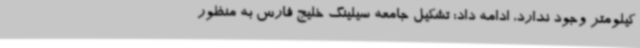
کیلومتر وجود ندارد، ادامه داد: تشکیل جامعه سیلینگ خلیج فارس به منظور